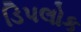
ડિપલોક